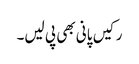
رکیں پانی بھی پی لیں۔